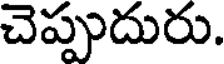
చెప్పుదురు.